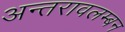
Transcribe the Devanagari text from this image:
अन्तरावलम्बन